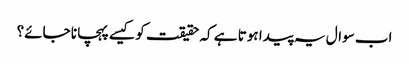
اب سوال یہ پیدا ہوتا ہے کہ حقیقت کو کیسے پہچانا جائے؟